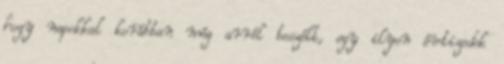
hogy napokkal korábban még arról beszélt, egy ilyen évtizedek